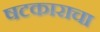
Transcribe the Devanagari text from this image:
षटकाराचा